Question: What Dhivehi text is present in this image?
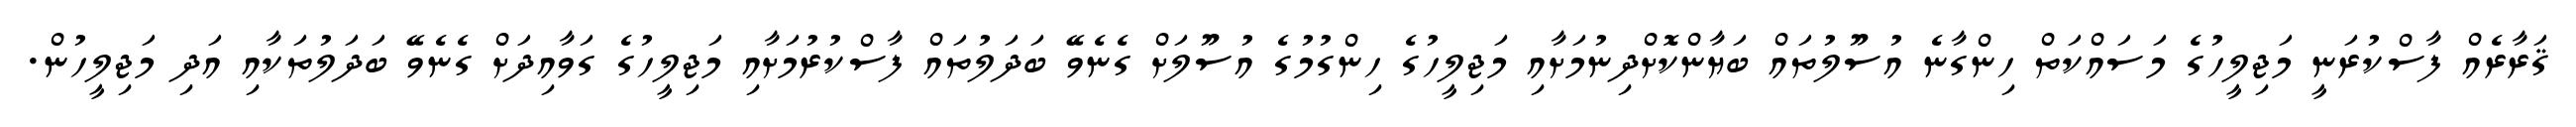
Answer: ޤަރާރެއް ފާސްކުރަނީ މަޖިލީހުގެ މަސައްކަތް ހިންގާނެ އުސޫލުތައް ބަޔާންކޮށްދިނުމަށާއި މަޖިލީހުގެ ހިންގުމުގެ އުސޫލަށް ގެނެވޭ ބަދަލުތައް ފާސްކުރުމަށާއި މަޖިލީހުގެ ގަވާއިދަށް ގެނެވޭ ބަދަލުތަކާއި އަދި މަޖިލީހުން.